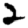
Digit: 2